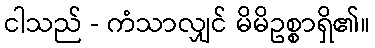
ငါသည် - ကံသာလျှင် မိမိဥစ္စာရှိ၏။